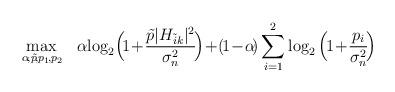
LaTeX: \begin{align*}\max_{\alpha\!, \tilde{p}\!, p_1\!, p_2\!} \quad& \alpha\!\log_2\!\Big(\!1\!+\!\frac{\tilde{p}|H_{\tilde{i}k}|^2}{\sigma^2_n}\!\Big) \!+ \! (\!1\!-\!\alpha\!)\sum_{i=1}^{2}\log_2\Big(\!1\!+\!\frac{p_{i}}{\sigma^2_n}\!\Big) \end{align*}